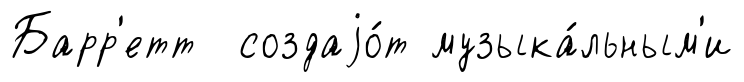
Барр'етт создаjо́т музыка́льным'и